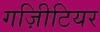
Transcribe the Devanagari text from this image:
गज़िीटियर